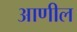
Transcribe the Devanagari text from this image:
आणील